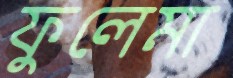
ফুলেমা